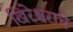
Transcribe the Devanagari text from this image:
खिरेश्वराचे